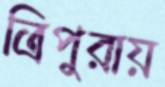
ত্রিপুরায়